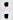
: